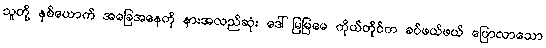
သူတို့ နှစ်ယောက် အခြေအနေကို နားအလည်ဆုံး ဒေါ်မြမြမေ ကိုယ်တိုင်က ခပ်ဖယ်ဖယ် ပြောလာသော